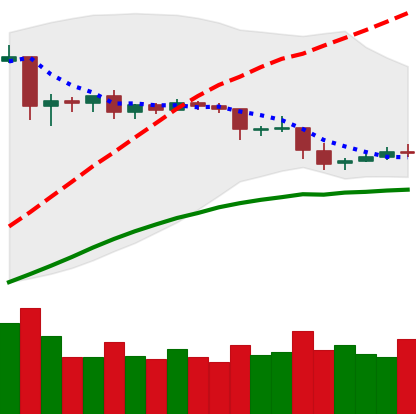
Ticker: ETC-USD
Chart end date: 2019-04-29
Forward return: 4.731%
Label: up_3_5